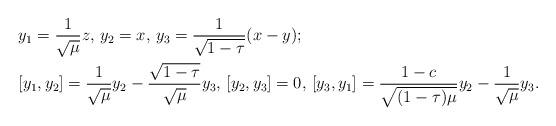
LaTeX: \begin{align*}&y_1=\frac{1}{\sqrt{\mu}}z, \, y_2=x, \, y_3=\frac{1}{\sqrt{1-\tau}}(x-y);\\&[y_1,y_2]=\frac{1}{\sqrt{\mu}}y_2- \frac{\sqrt{1-\tau}}{\sqrt{\mu}}y_3, \,[y_2,y_3]=0, \,[y_3,y_1]=\frac{1-c}{\sqrt{(1-\tau)\mu}}y_2-\frac{1}{\sqrt{\mu}}y_3.\end{align*}